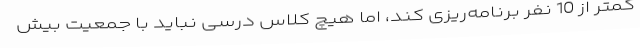
کمتر از 10 نفر برنامه‌ریزی کند، اما هیچ کلاس درسی نباید با جمعیت بیش